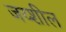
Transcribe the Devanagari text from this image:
जय्शील